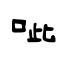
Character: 呲